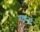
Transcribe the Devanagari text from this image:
नामजूंर